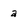
Character: a